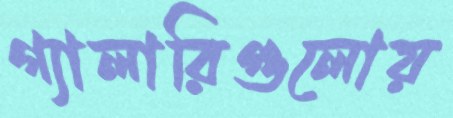
গ্যালারিগুলোয়